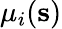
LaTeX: \mu_{i}(\mathbf{s})